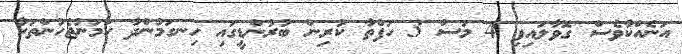
އަނެއްކާވެސް ގޮވާލައިފި 4 މަސް 3 ހަފްތާ ކުރިން ބުރުންޑީގައި ހިނގަމުންދާ ހަމަނުޖެހުންތަކާ